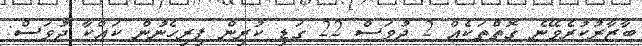
ބާޒާރުކުރެވޭނެ ގޮތްތަކެއް 2 ދުވަސް 22 ގަޑި ކުރިން ފިރިހެނުން ކައްކާ ދުވަސް: